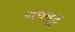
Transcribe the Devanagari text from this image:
गमबूट